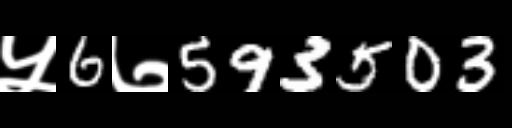
Text: ५6७593503